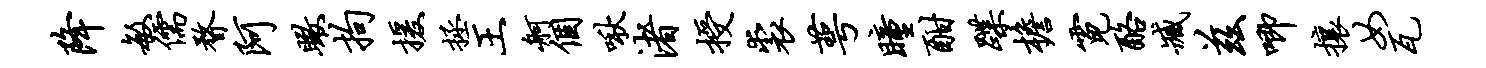
降敏儒瞀阿瞰拘援拯王舸个啾渚授裘萼瞳酣蹀檐霓酪臧兹唧攘女瓦